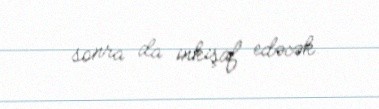
sonra da inkişaf edəcək.